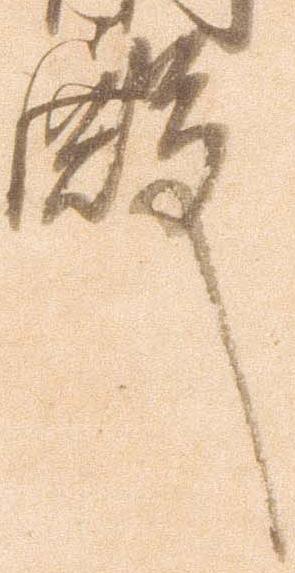
殿